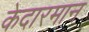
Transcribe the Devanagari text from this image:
केदारमान